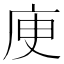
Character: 𢈔